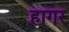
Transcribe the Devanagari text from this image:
हागर